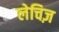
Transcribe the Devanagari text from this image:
लेचिज़